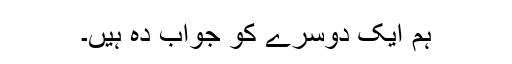
ہم ایک دوسرے کو جواب دہ ہیں۔